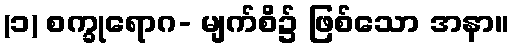
(၁) စက္ခုရောဂ- မျက်စိ၌ ဖြစ်သော အနာ။